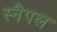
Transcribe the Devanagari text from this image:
स्नैपल